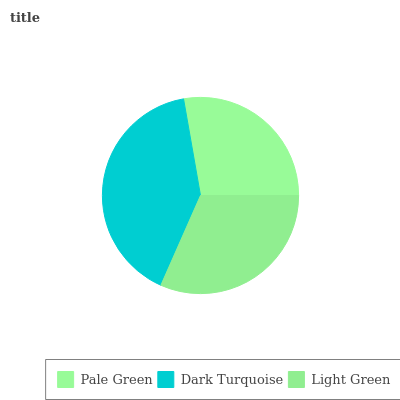
| Pale Green | Dark Turquoise | Light Green |
 | --- | --- | --- |
 | 27.7% | 40.6% | 31.7% |